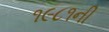
૧૯૮૧ની